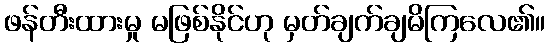
ဖန်တီးထားမှု မဖြစ်နိုင်ဟု မှတ်ချက်ချမိကြလေ၏။